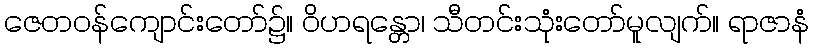
ဇေတဝန်ကျောင်းတော်၌။ ဝိဟရန္တော၊ သီတင်းသုံးတော်မူလျက်။ ရာဇာနံ